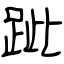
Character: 跐